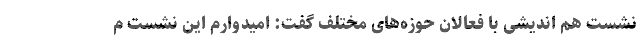
نشست هم اندیشی با فعالانِ حوزه‌های مختلف گفت: امیدوارم این نشست م